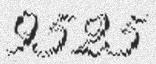
9525